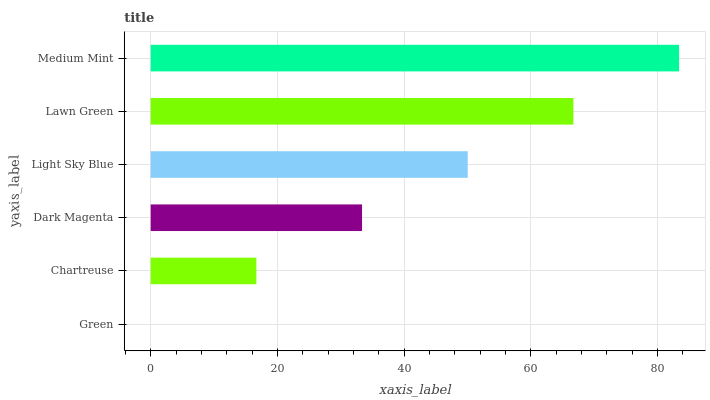
| yaxis_label | bars |
 | --- | --- |
 | Green | 0 |
 | Chartreuse | 16.7 |
 | Dark Magenta | 33.4 |
 | Light Sky Blue | 50.1 |
 | Lawn Green | 66.7 |
 | Medium Mint | 83.4 |